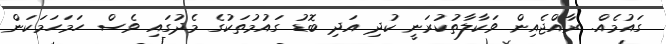
ގައުމެއް. ރާއްޖެއިން ވަކާލާތުކުރަނީ ކުދި އަދި ބޮޑު ގައުމުތަކުގެ މެދުގައި ވެސް ހަމަހަމަކަން